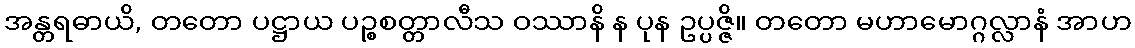
အန္တရဓာယိ, တတော ပဋ္ဌာယ ပဉ္စစတ္တာလီသ ဝဿာနိ န ပုန ဥပ္ပဇ္ဇိ။ တတော မဟာမောဂ္ဂလ္လာနံ အာဟ